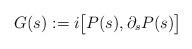
LaTeX: \begin{align*} G(s):= i \bigl[P(s),\partial_s P(s)\bigr]\end{align*}